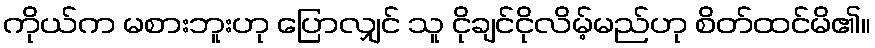
ကိုယ်က မစားဘူးဟု ပြောလျှင် သူ ငိုချင်ငိုလိမ့်မည်ဟု စိတ်ထင်မိ၏။